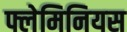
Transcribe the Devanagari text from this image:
फ्लेमिनियस